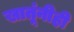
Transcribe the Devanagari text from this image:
खातूंनीही